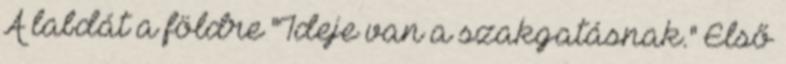
A labdát a földre "Ideje van a szakgatásnak." Első